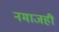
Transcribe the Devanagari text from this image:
नमाजही